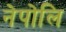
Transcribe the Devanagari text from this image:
नेपोलि